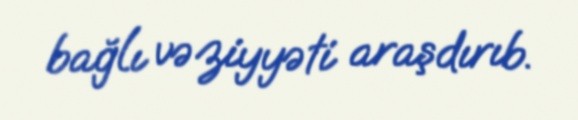
bağlı vəziyyəti araşdırıb.